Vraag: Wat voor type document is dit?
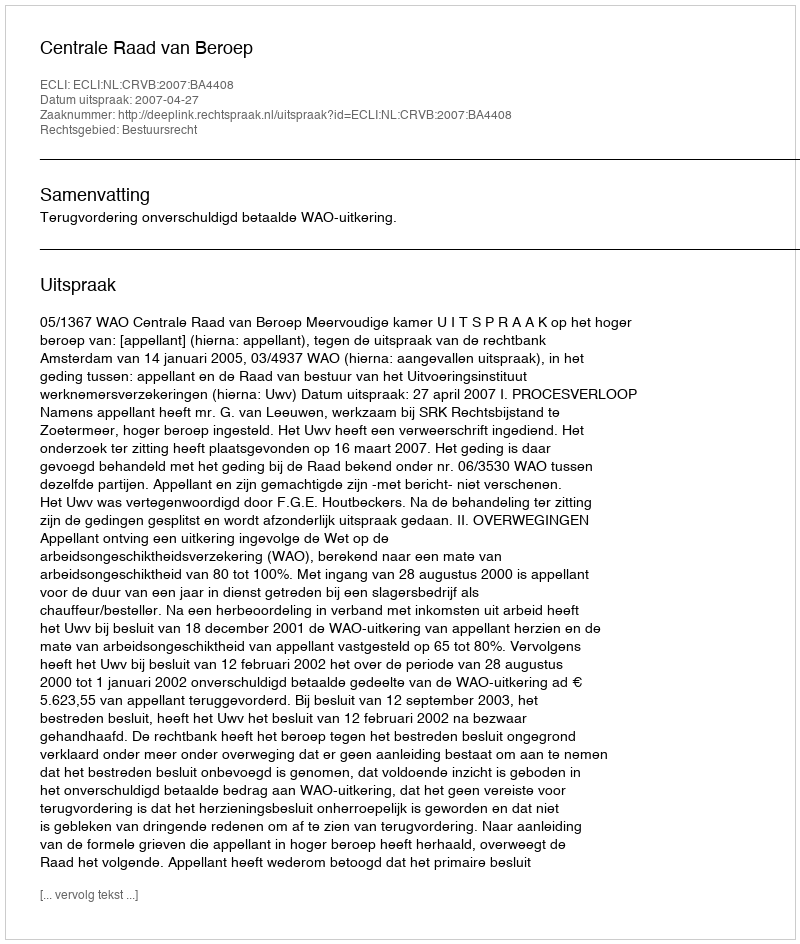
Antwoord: Uitspraak